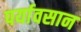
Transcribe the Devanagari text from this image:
पर्यावसान